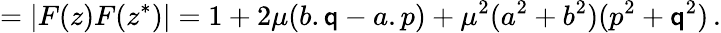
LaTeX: =|F(z)F(z^{*})|=1+2\mu(b.\mathsf{q}-a.p)+\mu^{2}(a^{2}+b^{2})(p^{2}+\mathsf{q}^{2})\, .